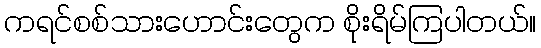
ကရင်စစ်သားဟောင်းတွေက စိုးရိမ်ကြပါတယ်။